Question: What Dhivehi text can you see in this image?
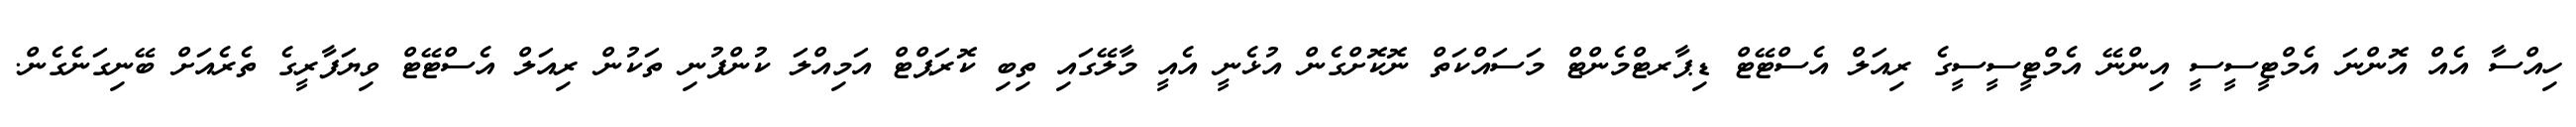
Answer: ހިއްސާ އެއް އޮންނަ އެމްޓީސީސީ އިންނޭ އެމްޓީސީސީގެ ރިއަލް އެސްޓޭޓް ޑިޕާރޓްމެންޓް މަސައްކަތް ނޮކޮށްގެން އުޅެނީ އެއީ މާލޭގައި ތިބި ކޮރަޕްޓް އަމިއްލަ ކުންފުނި ތަކުން ރިއަލް އެސްޓޭޓް ވިޔަފާރީގެ ތެރެއަށް ބޭނިގަނެގެން.